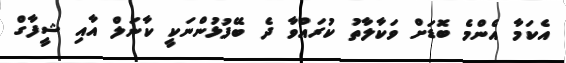
އެކަމާ އެންމެ ބޮޑަށް ވަކާލާތު ކުރައްވާ ދެ ބޭފުޅުންނަކީ ކާނަލް އާއި ޝީފާގް